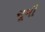
ચૂમી